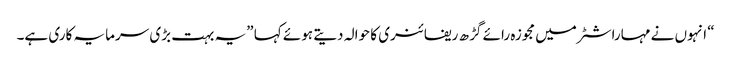
“ انہوں نے مہاراشٹر میں مجوزہ رائے گڑ ھ ریفائنری کا حوالہ دیتے ہوئے کہا ”یہ بہت بڑی سرمایہ کاری ہے۔